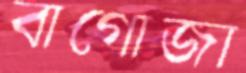
বাগোজা